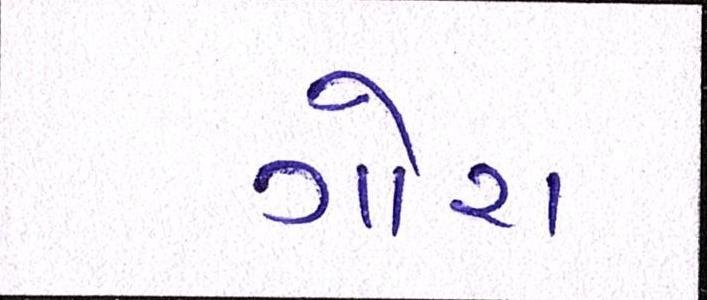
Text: ગોરા